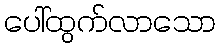
ပေါ်ထွက်လာသော